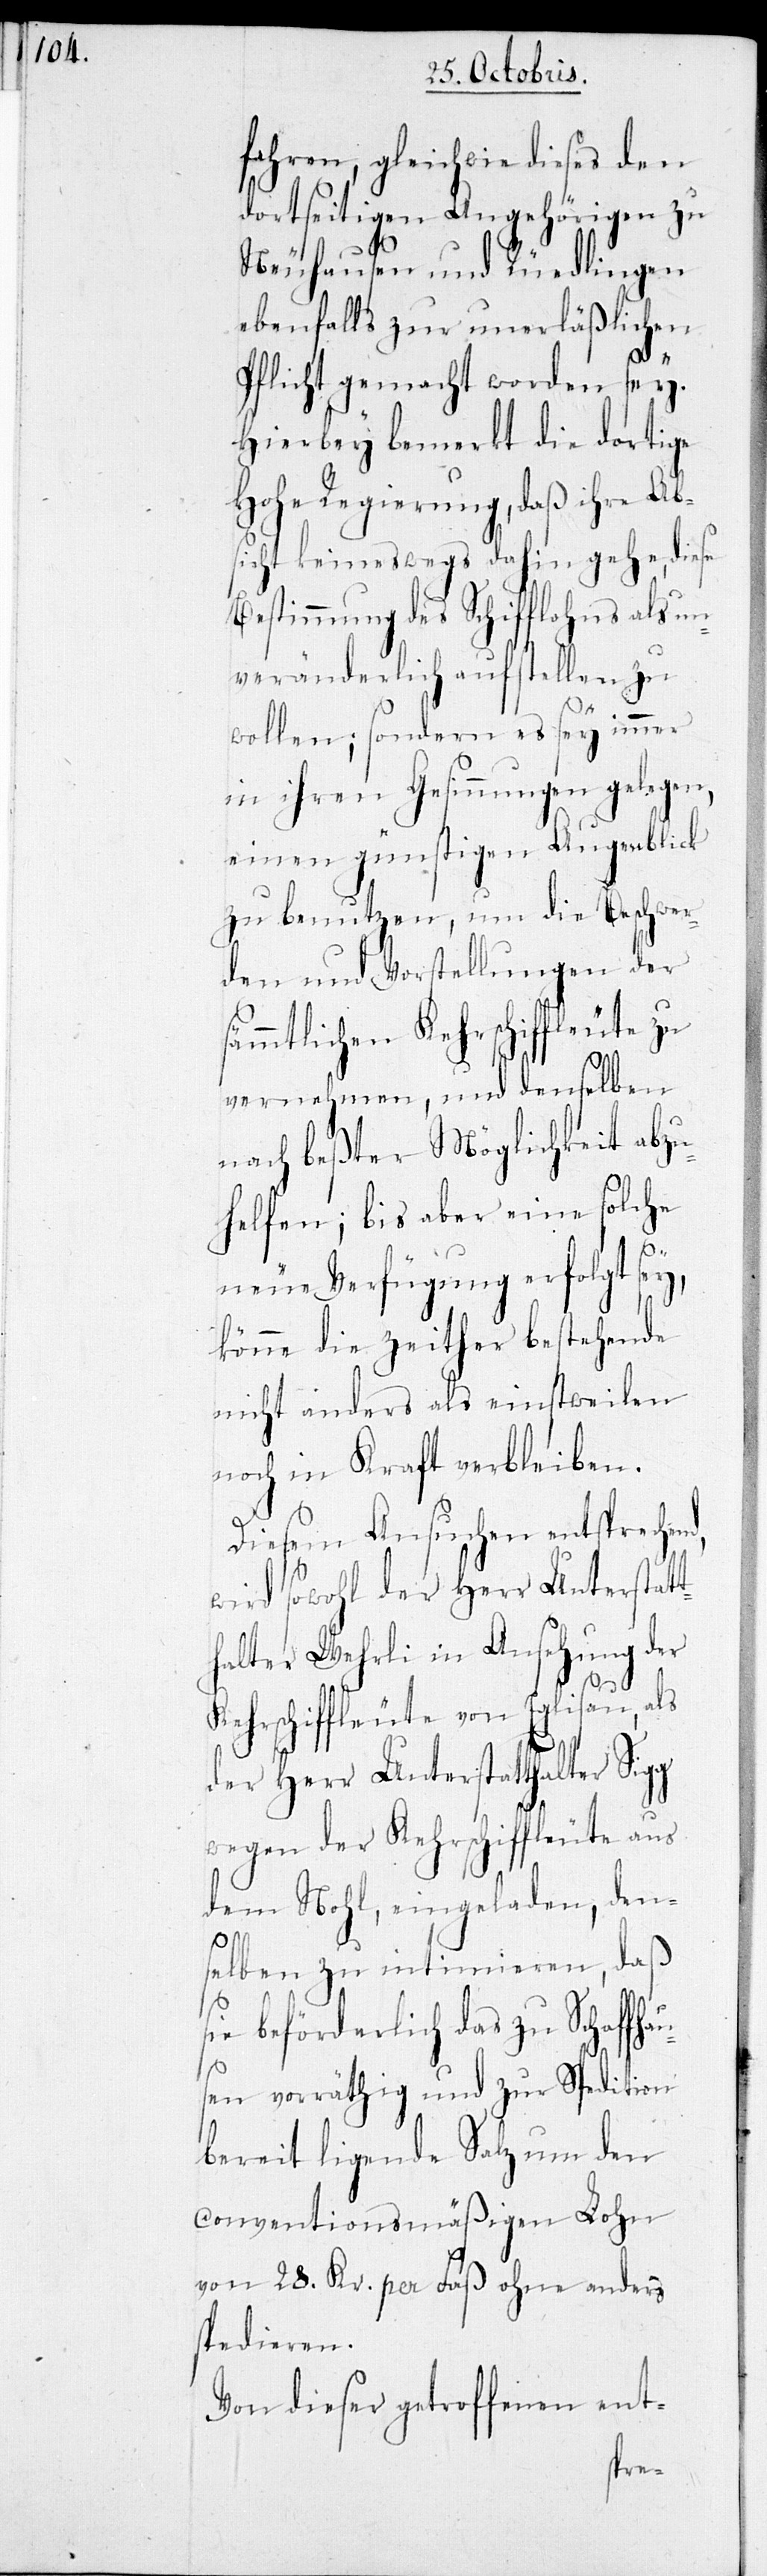
d,

fahren, gleichwie dieses den
dortseitigen Angehörigen zu
Neuhausen und Rüedlingen
ebenfalls zur unerläßlichen
Pflicht gemacht worden sey.
Hierbey bemerkt die dortige
Hohe Regierung, daß ihre Ab¬
sicht keineswegs dahin gehe, diese
Bestimmung des Schifflohns als un¬
veränderlich aufstellen zu
wollen; sondern es sey immer
in ihren Gesinnungen gelegen,
einen günstigen Augenblick
zu benutzen, um die Beschwer¬
den und Vorstellungen der
ämmtlichen Kehrschiffleute zu
vernehmen, und denselben
nach beßter Möglichkeit abzu¬
helfen; bis aber eine solche
neue Verfügung erfolgt sey,
könne die zeither bestehende
nicht anders als einstweilen
noch in Kraft verbleiben.
Diesem Ansuchen entsprechen¬
wird sowohl der Herr Unterstatt¬
halter Wehrli in Ansehung der
Kehrschiffleute von Eglisau, als
der Herr Unterstatthalter Sigg
wegen der Kehrschiffleute aus
dem Nohl, eingeladen, den¬
selben zu intimieren, daß
sie beförderlich das zu Schaffha¬
usen vorräthig und zur Spedition
bereit ligende Salz um den
conventionsmäßigen Lohn
von 28. Kr. per Faß ohne anders
spedieren.
Von dieser getroffenen ent-
s¬